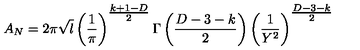
A _ { N } = 2 \pi \sqrt { l } \left( \frac { 1 } { \pi } \right) ^ { { \textstyle \frac { k + 1 - D } { 2 } } } \Gamma \left( \frac { D - 3 - k } { 2 } \right) \left( \frac { 1 } { Y ^ { 2 } } \right) ^ { { \textstyle \frac { D - 3 - k } { 2 } } }